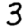
Digit: 3